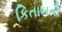
કિતાબની